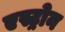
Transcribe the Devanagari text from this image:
एस्ट्रोन